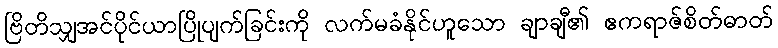
ဗြိတိသျှအင်ပိုင်ယာပြိုပျက်ခြင်းကို လက်မခံနိုင်ဟူသော ချာချီ၏ ဧကရာဇ်စိတ်ဓာတ်